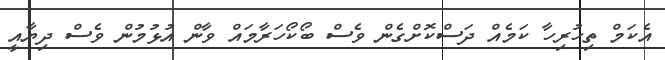
އެކަމް ތިހުރިހާ ކަމެއް ދަސްކޮށްގެން ވެސް ބޯކޯހަރާމައް ވާން އުޅުމުން ވެސް ދިޔާއީ